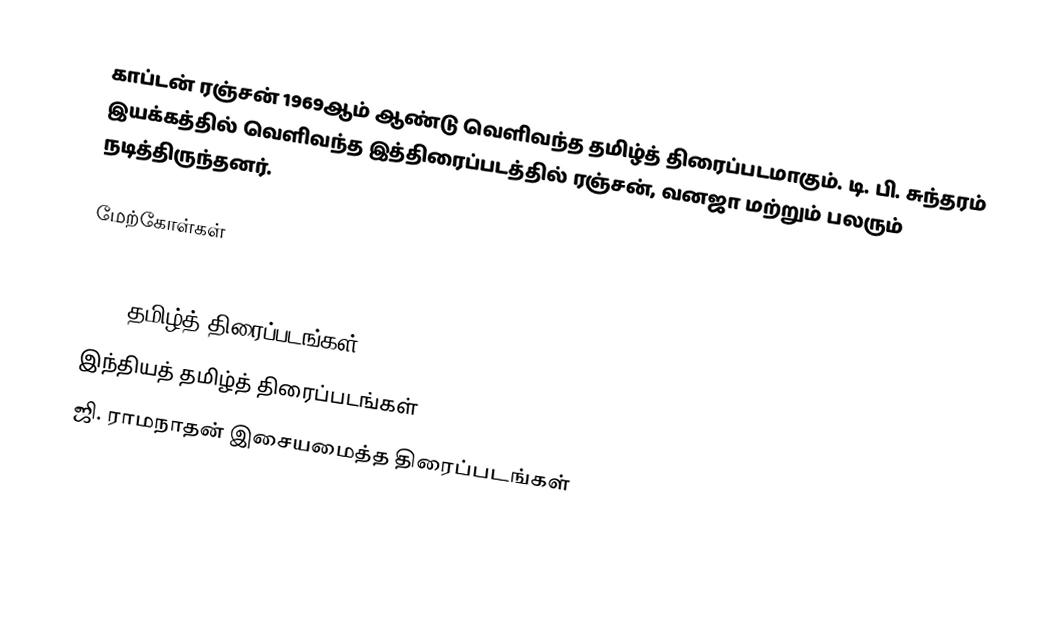
காப்டன் ரஞ்சன் 1969ஆம் ஆண்டு வெளிவந்த தமிழ்த் திரைப்படமாகும்.  டி. பி. சுந்தரம் இயக்கத்தில் வெளிவந்த இத்திரைப்படத்தில் ரஞ்சன், வனஜா மற்றும் பலரும் நடித்திருந்தனர்.

மேற்கோள்கள்

1969 தமிழ்த் திரைப்படங்கள்
இந்தியத் தமிழ்த் திரைப்படங்கள்
ஜி. ராமநாதன் இசையமைத்த திரைப்படங்கள்